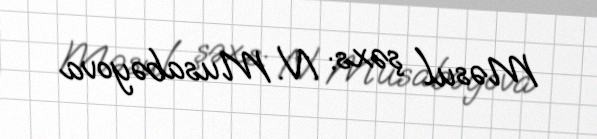
Məsul şəxs: N. Musabəyova